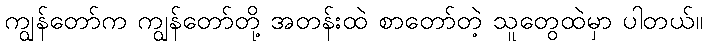
ကျွန်တော်က ကျွန်တော်တို့ အတန်းထဲ စာတော်တဲ့ သူတွေထဲမှာ ပါတယ်။